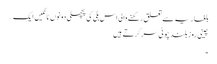
بلغاریہ سے تعلق رکھنے والی اس بلی کی پچھلی دونوں ٹانگیں ایک…
چینی روز بلند چوٹی سر کرتے ہیں
۔